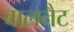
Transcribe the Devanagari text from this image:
बालनैट